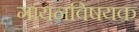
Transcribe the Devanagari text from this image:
गायनविषयक